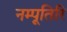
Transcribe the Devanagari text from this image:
नम्पूतिरि